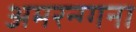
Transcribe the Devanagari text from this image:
अमरन्ग्गना